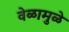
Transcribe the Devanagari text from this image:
वेळामुळे